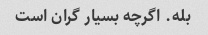
بله. اگرچه بسیار گران است